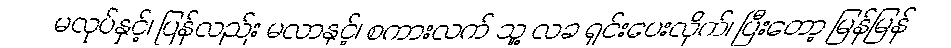
မလုပ်နှင့်၊ ပြန်လည်း မလာနှင့်၊ စကားလက် သူ့ လခ ရှင်းပေးလိုက်၊ ပြီးတော့ မြန်မြန်